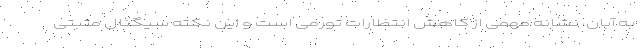
به آبان، نشانه مهمی از کاهش انتظارات تورمی است و این نکته سیگنال مثبتی